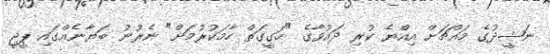
ނަޝީދުގެ މައްޗަށް އިއްޔެ ކުރި ދައުވާގެ "ހަގީގަތް ހާމަކުރުމަށް" ނެރުނު ބަޔާނެއްގައި ޕީޖީ